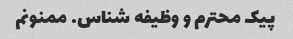
پیک محترم و وظیفه شناس. ممنونم